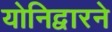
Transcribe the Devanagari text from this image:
योनिद्वारने